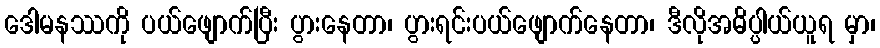
ဒေါမနဿကို ပယ်ဖျောက်ပြီး ပွားနေတာ၊ ပွားရင်းပယ်ဖျောက်နေတာ၊ ဒီလိုအဓိပ္ပါယ်ယူရ မှာ၊